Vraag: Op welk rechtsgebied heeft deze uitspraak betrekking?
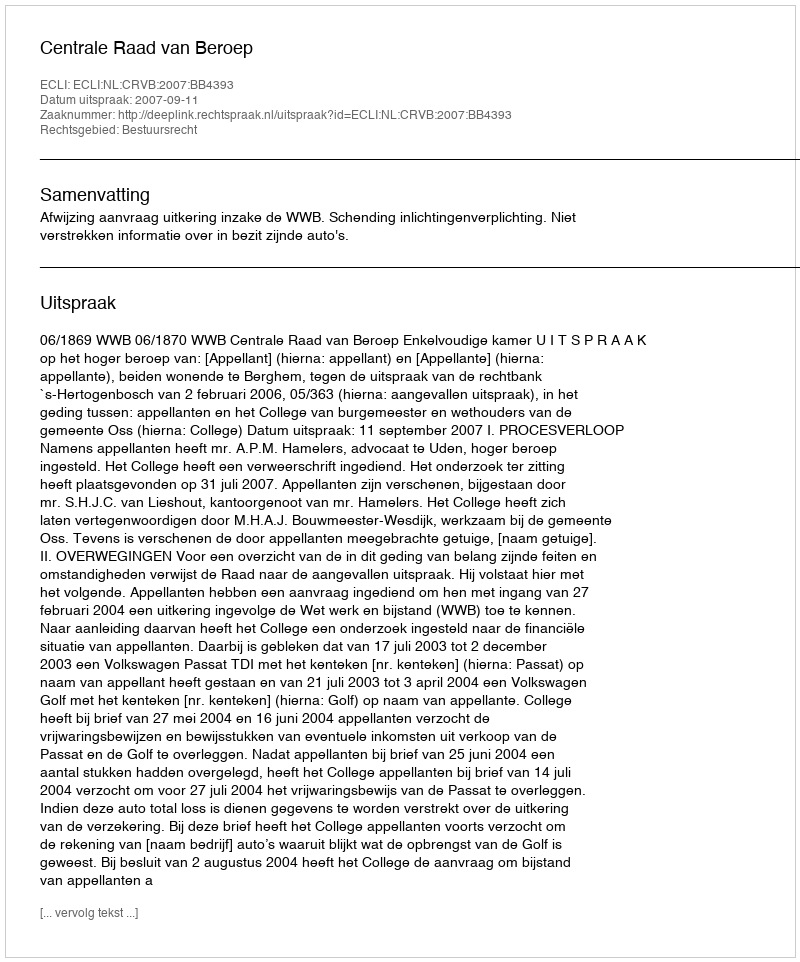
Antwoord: Bestuursrecht